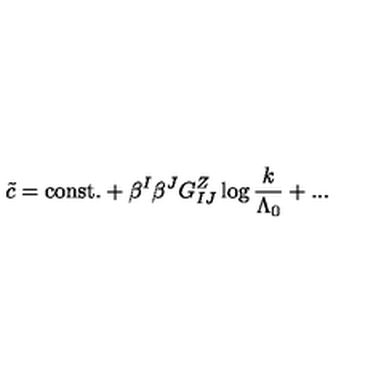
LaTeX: \tilde { c } = \mathrm { c o n s t . } + \beta ^ { I } \beta ^ { J } { G _ { I J } ^ { Z } } \log { { \frac { k } { \Lambda _ { 0 } } } } + . . .